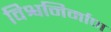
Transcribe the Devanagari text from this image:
विश्वनिर्माण